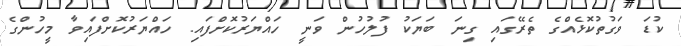
ކުޑަ ވަގުތުކޮޅެއްގެ ތެރޭގައި ގިނަ ބަޔަކު ފުލުހުން ވަނީ ހައްޔަރުކޮށްފައި. ހައްޔަރުކޮށްފައިވާ މީހުންގެ